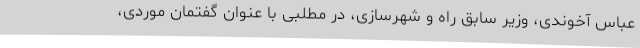
عباس آخوندی، وزیر سابق راه و شهرسازی، در مطلبی با عنوان گفتمان موردی،